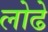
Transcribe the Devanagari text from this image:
लोढे